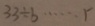
3 3 \div b \cdots r